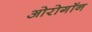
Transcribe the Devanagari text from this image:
ओरोगॉन